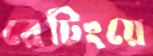
রেটিংয়ে